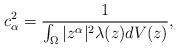
LaTeX: \begin{align*}c_{\alpha}^2=\frac{1}{\int_{\Omega}|z^{\alpha}|^2\lambda(z)dV(z)},\end{align*}